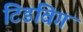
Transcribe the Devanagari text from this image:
टिडविग